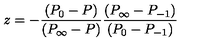
z = - \frac { ( P _ { 0 } - P ) } { ( P _ { \infty } - P ) } \frac { ( P _ { \infty } - P _ { - 1 } ) } { ( P _ { 0 } - P _ { - 1 } ) }